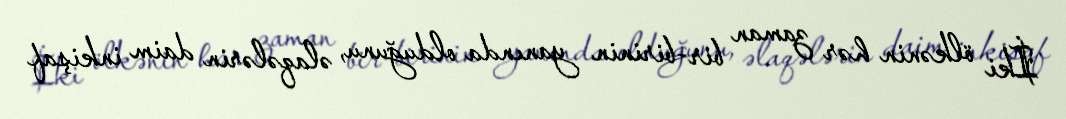
İki ölkənin hər zaman bir-birinin yanında olduğunu, əlaqələrin daim inkişaf